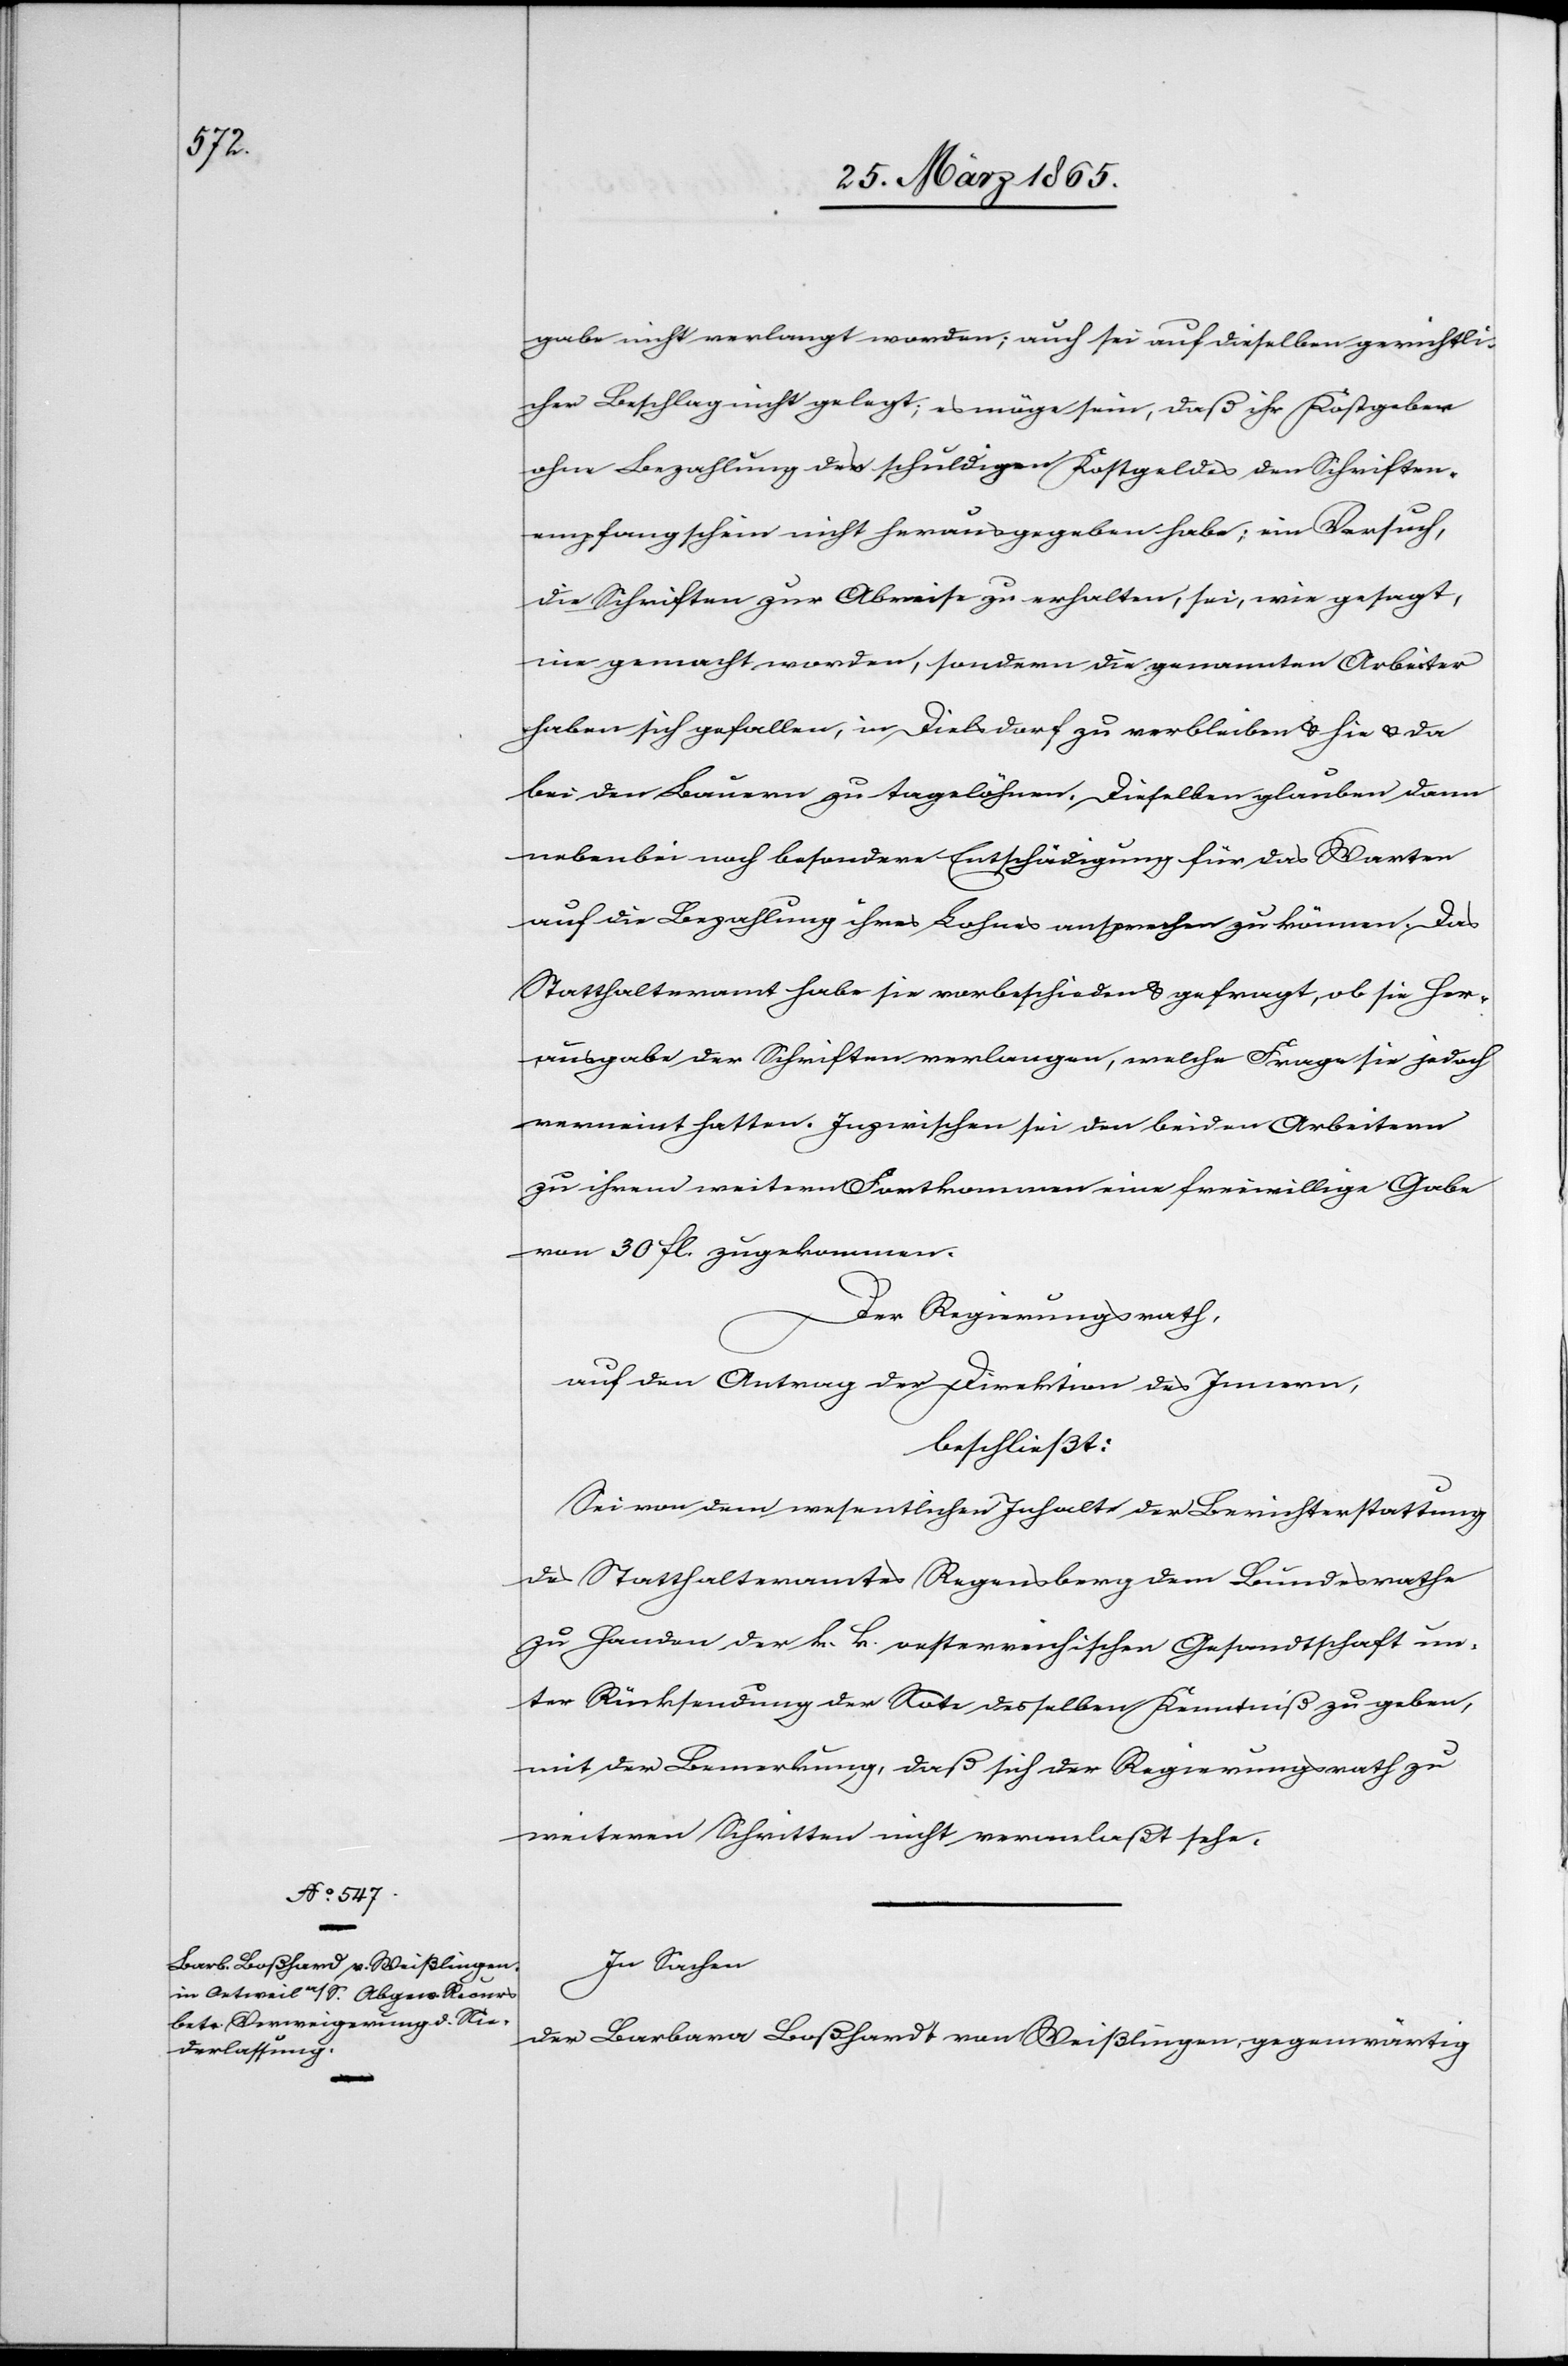
gabe nicht verlangt worden; auch sei auf dieselben gerichtli¬
cher Beschlag nicht gelegt; es möge sein, daß ihr Kostgeber
ohne Bezahlung des schuldigen Kostgeldes den Schriften¬
empfangschein nicht herausgegeben habe; ein Versuch,
die Schriften zur Abreise zu erhalten, sei, wie gesagt,
nie gemacht worden, sondern die genannten Arbeiter
haben sich gefallen, in Dielsdorf zu verbleiben & hie & da
bei den Bauern zu tagelöhnen. Dieselben glauben dann
nebenbei noch besondere Entschädigung für das Warten
auf die Bezahlung ihres Lohnes ansprechen zu können. Das
Statthalteramt habe sie vorbeschieden & gefragt, ob sie Her¬
ausgabe der Schriften verlangen, welche Frage sie jedoch
verneint hatten. Inzwischen sei den beiden Arbeitern
zu ihrem weitern Fortkommen eine freiwillige Gabe
von 30 fl. zugekommen.
Der Regierungsrath,
auf den Antrag der Direktion des Innern,
beschließt:
Sei von dem wesentlichen Inhalte der Berichterstattung
des Statthalteramtes Regensberg dem Bundesrathe
zu Handen der k. k. oesterreichischen Gesandtschaft un¬
ter Rücksendung der Note desselben Kenntniß zu geben,
mit der Bemerkung, daß sich der Regierungsrath zu
weiteren Schritten nicht veranlaßt sehe.
In Sachen
der Barbara Boßhardt [sic!] von Weißlingen, gegenwärtig